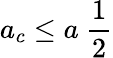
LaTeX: a_{c}\leq a\ \frac{1}{2}